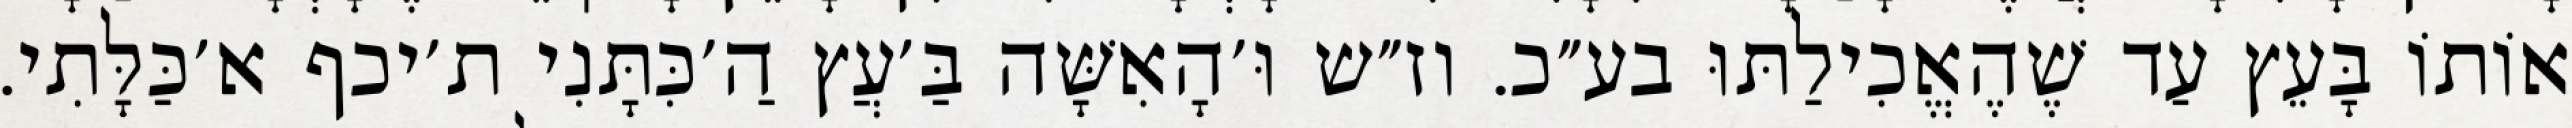
אוֹתוֹ בָּעֵץ עַד שֶׁהֶאֱכִילַתּוּ בע״כ. וז״ש וּ׳הָאִשָּׁה בַּ׳עֲץ הַ׳כִּתָּנִי ת׳יכף א׳כַּלָּתִי.